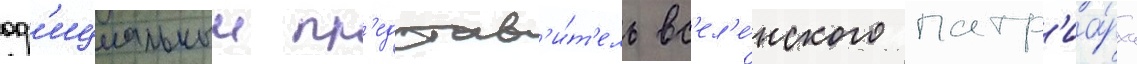
оф'ициальныи пр'едстав'и́т'ель вс'ел'е́нского патр'иа́рха